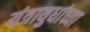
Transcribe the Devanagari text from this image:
यंत्रायुधांच्या